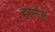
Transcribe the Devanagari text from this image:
हरसोले